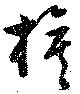
旗